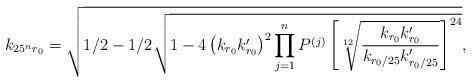
LaTeX: \begin{align*}k_{25^nr_0}=\sqrt{1/2-1/2\sqrt{1-4\left(k_{r_0}k'_{r_0}\right)^2\prod^{n}_{j=1}P^{(j)}\left[\sqrt[12]{\frac{k_{r_0}k'_{r_0}}{k_{r_0/25}k'_{r_0/25}}}\right]^{24}}},\end{align*}